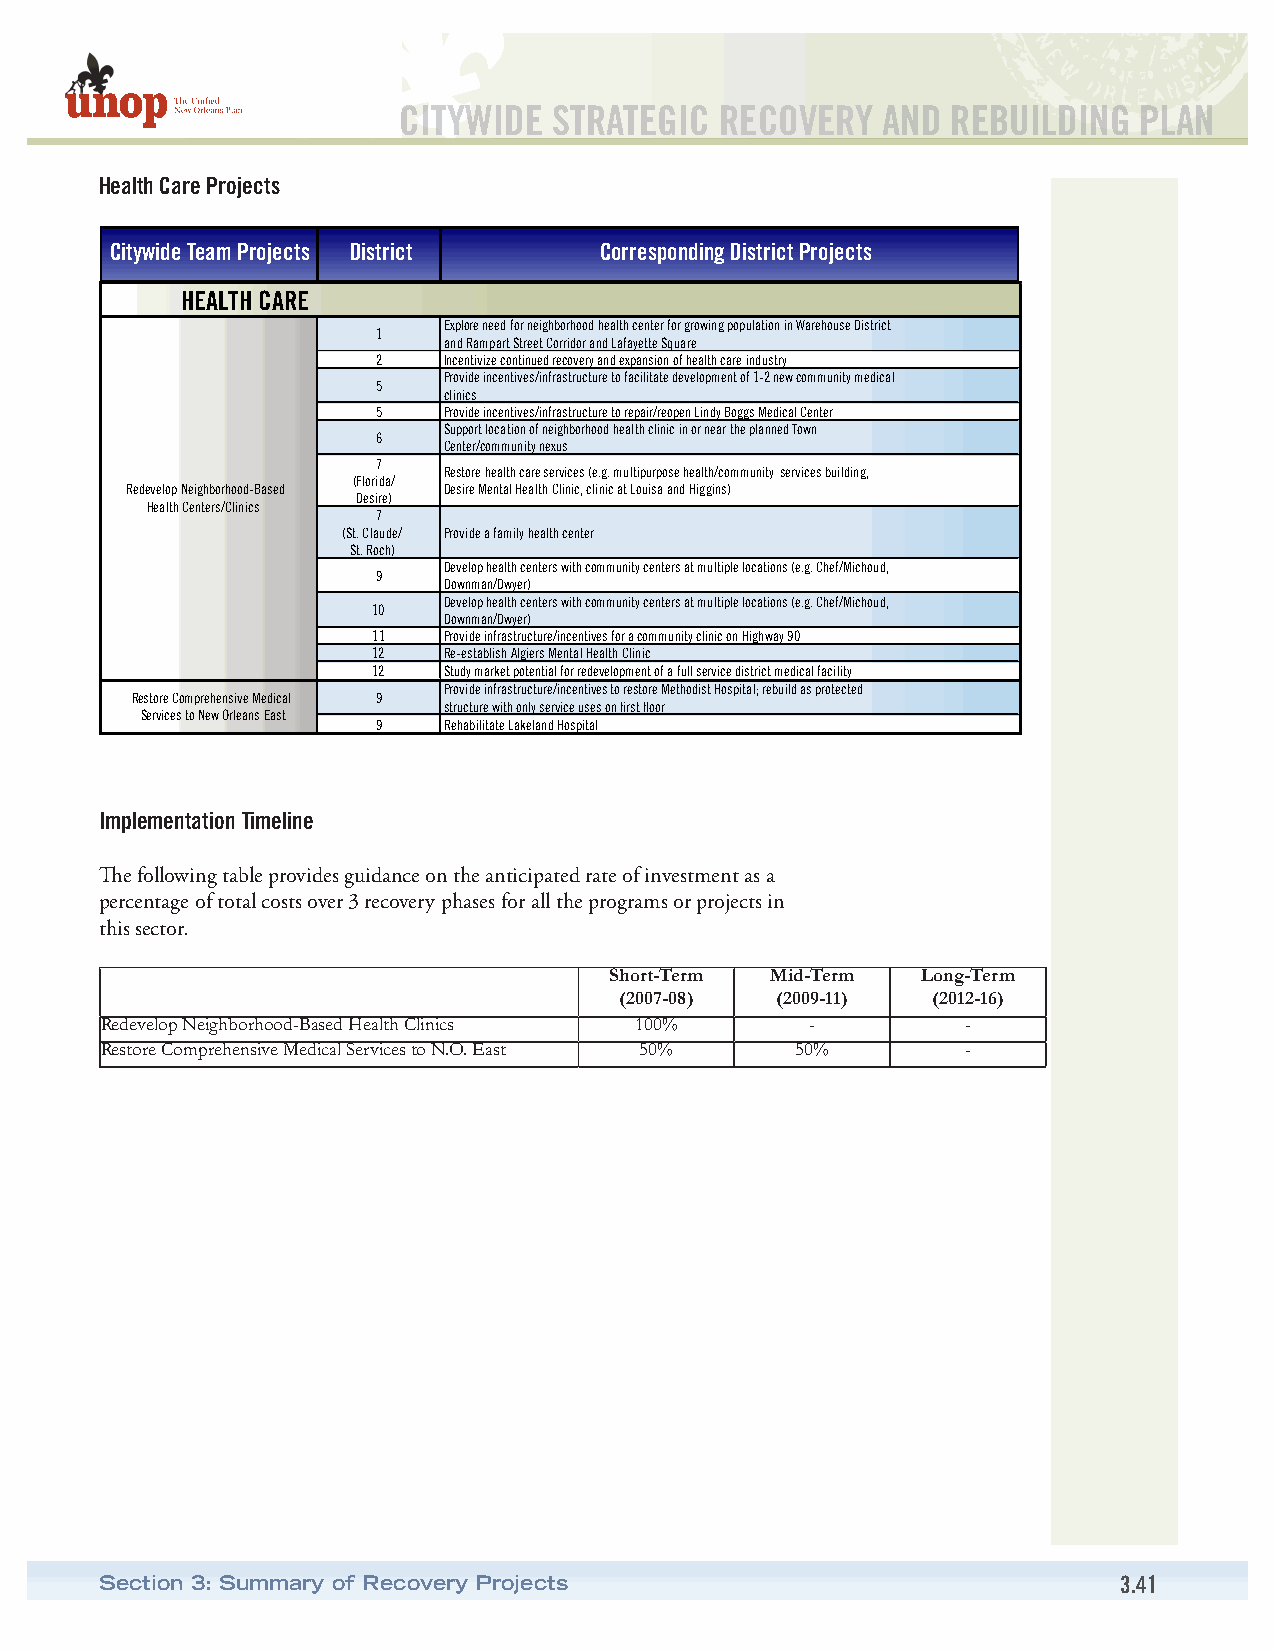
CITYWIDE   STRATEGIC  RECOVERY  AND  REBUILDING  PLAN
 Health Care Projects
 Citywide Team Projects District  Corresponding District Projects
 HEALTH CARE
 Explore need for neighborhood health center for growing population in Warehouse District
 1
 and Rampart Street Corridor and Lafayette Square
 2   Incentivize continued recovery and expansion of health care industry
 Provide incentives/infrastructure to facilitate development of 1-2 new community medical
 5
 clinics
 5   Provide incentives/infrastructure to repair/reopen Lindy Boggs Medical Center
 Support location of neighborhood health clinic in or near the planned Town
 6
 Center/community nexus
 7
 Restore health care services (e.g. multipurpose health/community services building,
 (Florida/
 Redevelop Neighborhood-Based Desire Mental Health Clinic, clinic at Louisa and Higgins)
 Desire)
 Health Centers/Clinics
 7
 (St. Claude/ Provide a family health center
 St. Roch)
 Develop health centers with community centers at multiple locations (e.g. Chef/Michoud,
 9
 Downman/Dwyer)
 Develop health centers with community centers at multiple locations (e.g. Chef/Michoud,
 10
 Downman/Dwyer)
 11  Provide infrastructure/incentives for a community clinic on Highway 90
 12  Re-establish Algiers Mental Health Clinic
 12  Study market potential for redevelopment of a full service district medical facility
 Provide infrastructure/incentives to restore Methodist Hospital; rebuild as protected
 Restore Comprehensive Medical 9
 structure with only service uses on first floor
 Services to New Orleans East
 9   Rehabilitate Lakeland Hospital
 Implementation Timeline
 The following table provides guidance on the anticipated rate of investment as a
 percentage of total costs over 3 recovery phases for all the programs or projects in
 this sector.
 Short-Term Mid-Term  Long-Term
 (2007-08) (2009-11)  (2012-16)
 Redevelop Neighborhood-Based Health Clinics 100% -       -
 Restore Comprehensive Medical Services to N.O. East 50% 50% -
 Section 3: Summary of Recovery Projects                            3.41